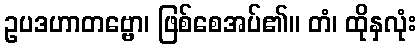
ဥပဒဟာတဗ္ဗော၊ ဖြစ်စေအပ်၏။ တံ၊ ထိုနှလုံး